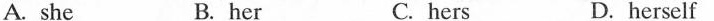
A. she B. her C. hers D. herself